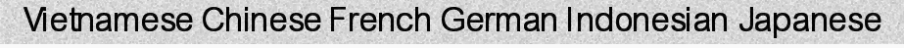
Vietnamese Chinese French German Indonesian Japanese